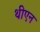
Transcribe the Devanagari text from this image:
थीएन